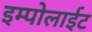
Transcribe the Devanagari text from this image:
इम्पोलाईट